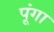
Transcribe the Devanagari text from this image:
पूंगा